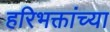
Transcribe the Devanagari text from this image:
हरिभक्तांच्या